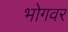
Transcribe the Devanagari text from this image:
भोगवर